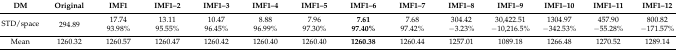
| DM | Original | IMF1 | IMF1–2 | IMF1–3 | IMF1–4 | IMF1–5 | IMF1–6 | IMF1–7 | IMF1–8 | IMF1–9 | IMF1–10 | IMF1–11 | IMF1–12 |
 | --- | --- | --- | --- | --- | --- | --- | --- | --- | --- | --- | --- | --- | --- |
 | <ROWSPAN=2> STD/space | <ROWSPAN=2> 294.89 | 17.74 | 13.11 | 10.47 | 8.88 | 7.96 | 7.61 | 7.68 | 304.42 | 30422.51 | 1304.97 | 457.90 | 800.82 |
 | 93.98% | 95.55% | 96.45% | 96.99% | 97.30% | 97.40% | 97.42% | −3.23% | −10,216.5% | −342.53% | −55.28% | −171.57% |
 | Mean | 1260.32 | 1260.57 | 1260.47 | 1260.42 | 1260.40 | 1260.40 | 1260.38 | 1260.44 | 1257.01 | 1089.18 | 1266.48 | 1270.52 | 1289.14 |